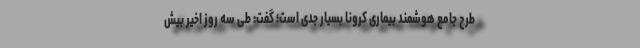
طرح جامع هوشمند بیماری کرونا بسیار جدی است؛ گفت: طی سه روز اخیر بیش